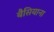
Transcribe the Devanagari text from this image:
बैसियाना